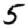
Digit: 5